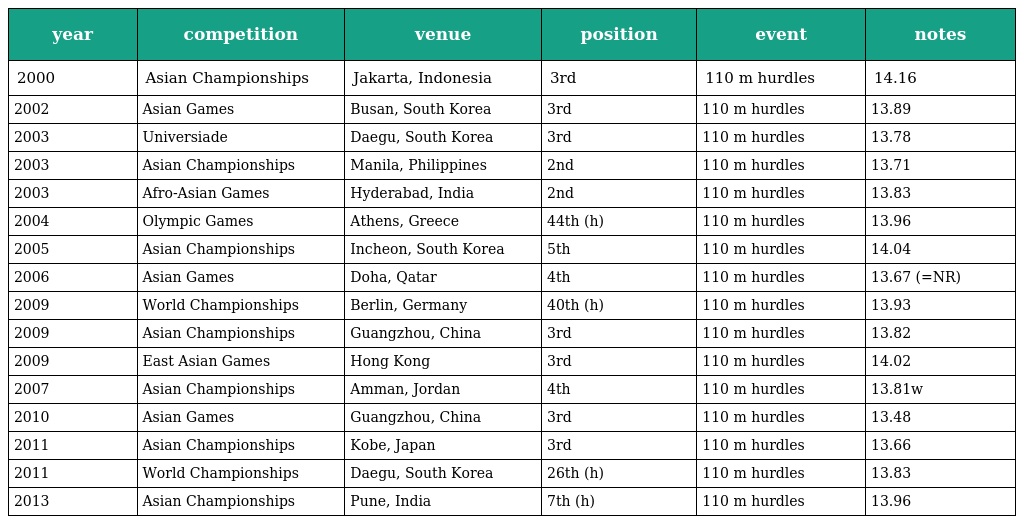
| year | competition | venue | position | event | notes |
 | --- | --- | --- | --- | --- | --- |
 | 2000 | Asian Championships | Jakarta, Indonesia | 3rd | 110 m hurdles | 14.16 |
 | 2002 | Asian Games | Busan, South Korea | 3rd | 110 m hurdles | 13.89 |
 | 2003 | Universiade | Daegu, South Korea | 3rd | 110 m hurdles | 13.78 |
 | 2003 | Asian Championships | Manila, Philippines | 2nd | 110 m hurdles | 13.71 |
 | 2003 | Afro-Asian Games | Hyderabad, India | 2nd | 110 m hurdles | 13.83 |
 | 2004 | Olympic Games | Athens, Greece | 44th (h) | 110 m hurdles | 13.96 |
 | 2005 | Asian Championships | Incheon, South Korea | 5th | 110 m hurdles | 14.04 |
 | 2006 | Asian Games | Doha, Qatar | 4th | 110 m hurdles | 13.67 (=NR) |
 | 2009 | World Championships | Berlin, Germany | 40th (h) | 110 m hurdles | 13.93 |
 | 2009 | Asian Championships | Guangzhou, China | 3rd | 110 m hurdles | 13.82 |
 | 2009 | East Asian Games | Hong Kong | 3rd | 110 m hurdles | 14.02 |
 | 2007 | Asian Championships | Amman, Jordan | 4th | 110 m hurdles | 13.81w |
 | 2010 | Asian Games | Guangzhou, China | 3rd | 110 m hurdles | 13.48 |
 | 2011 | Asian Championships | Kobe, Japan | 3rd | 110 m hurdles | 13.66 |
 | 2011 | World Championships | Daegu, South Korea | 26th (h) | 110 m hurdles | 13.83 |
 | 2013 | Asian Championships | Pune, India | 7th (h) | 110 m hurdles | 13.96 |